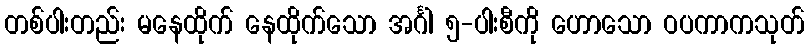
တစ်ပါးတည်း မနေထိုက် နေထိုက်သော အင်္ဂါ ၅-ပါးစီကို ဟောသော ဝပကာကသုတ်